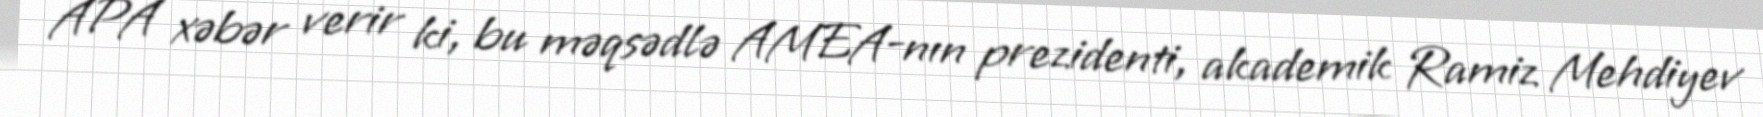
APA xəbər verir ki, bu məqsədlə AMEA-nın prezidenti, akademik Ramiz Mehdiyev